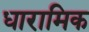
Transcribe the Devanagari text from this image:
धारामिक